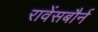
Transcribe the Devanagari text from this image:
रावेंसबौर्न